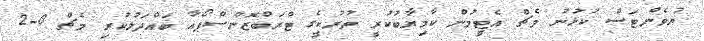
ޔުވެންޓަސް ކުޅުނު މެޗް އެޓީމުން ކާމިޔާބުކުރީ ތުރުކީގެ ޓްރަބްޒޮންސްޕޯއާ ބައްދަލުކުރި މެޗް 0-2